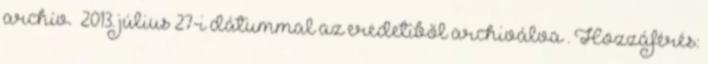
archív. 2013. július 27-i dátummal az eredetiből archiválva . Hozzáférés: